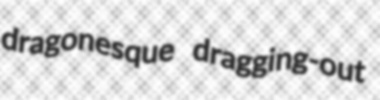
dragonesque dragging-out